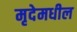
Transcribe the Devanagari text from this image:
मृदेमधील